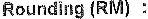
ROUNDING (RM) :